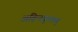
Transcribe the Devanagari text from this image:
अहिनकुलम्